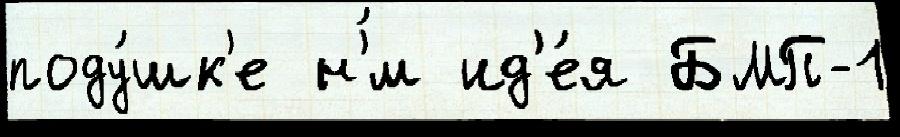
поду́шк'е н'́м ид'е́я БМП-1